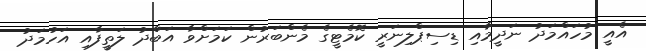
އެއީ މުހައްމަދު ނަދީމާއި ޑިސިޕްލިނަރީ ކޮމެޓީގެ މެންބަރުން ކަމަށްވާ އަބްދު ލަތީފާއި އަހުމަދު